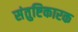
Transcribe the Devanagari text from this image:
संतुष्टिकारक